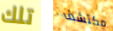
تلك مكتشف